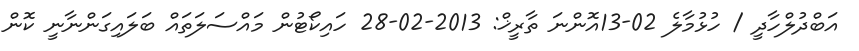
އަބްދުލްހާދީ / ހުޅުމާލެ 02-13އޮންނަ ތާރީޚް: 2013-02-28 ހައިކޯޓުން މައްސަލަތައް ބަލައިގަންނާނީ ކޮން